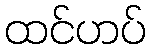
ထင်ဟပ်